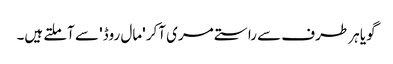
گویا ہر طرف سے راستے مری آکر 'مال روڈ' سے آملتے ہیں۔